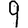
Digit: 9